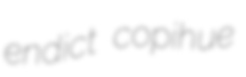
endict copihue